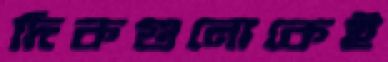
দিকগুলোকেই